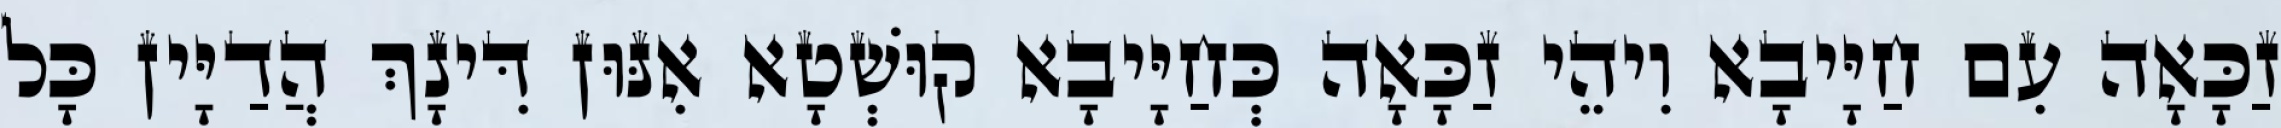
זַכָּאָה עִם חַיָּיבָא וִיהֵי זַכָּאָה כְּחַיָּיבָא קוּשְׁטָא אִנּוּן דִּינָךְ הֲדַיָּין כָּל